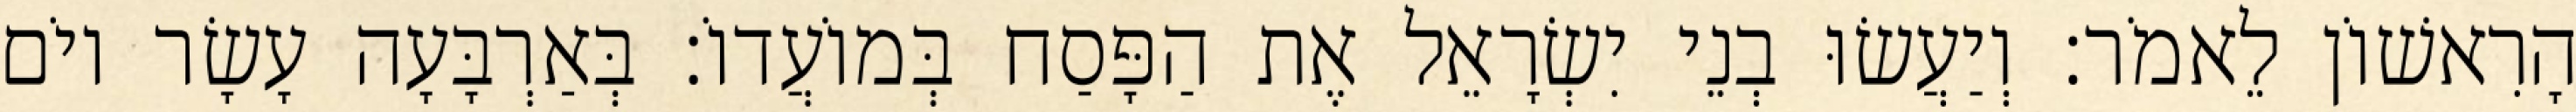
הָרִאשׁוֹן לֵאמֹר׃ וְיַעֲשׂוּ בְנֵי יִשְׂרָאֵל אֶת הַפָּסַח בְּמוֹעֲדוֹ׃ בְּאַרְבָּעָה עָשָׂר יוֹם